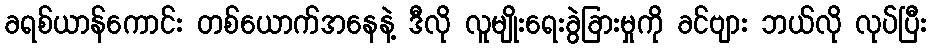
ခရစ်ယာန်ကောင်း တစ်ယောက်အနေနဲ့ ဒီလို လူမျိုးရေးခွဲခြားမှုကို ခင်ဗျား ဘယ်လို လုပ်ပြီး